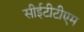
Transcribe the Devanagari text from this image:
सीईटीटीएम